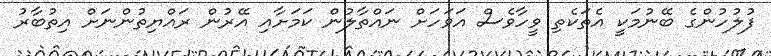
ފުލުހުންގެ ބޭނުމަކީ އެތަކެތި ވީހާވެސް އަވަހަށް ނައްތާލުން ކަމަށާއި އޭރުން ރައްޔިތުންނަށް އިތުބާރު